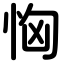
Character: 恟